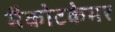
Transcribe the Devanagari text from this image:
मैकोटकेमर